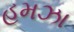
હમઝા